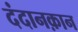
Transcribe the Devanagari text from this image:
दंदानक़ान